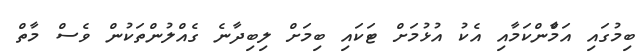
ބިމުގައި އަމާްންކަމާއި އެކު އުޅުމަށް ޓަކައި ބިމަށް ލިބިދާނެ ގެއްލުންތަކުން ވެސް މާތް